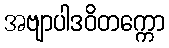
အဗျာပါဒဝိတက္ကော